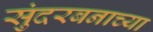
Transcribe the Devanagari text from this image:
सुंदरबनाच्या